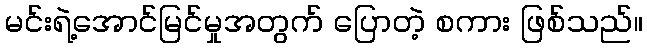
မင်းရဲ့အောင်မြင်မှုအတွက် ပြောတဲ့ စကား ဖြစ်သည်။